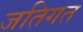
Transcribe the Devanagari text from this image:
जतिगत